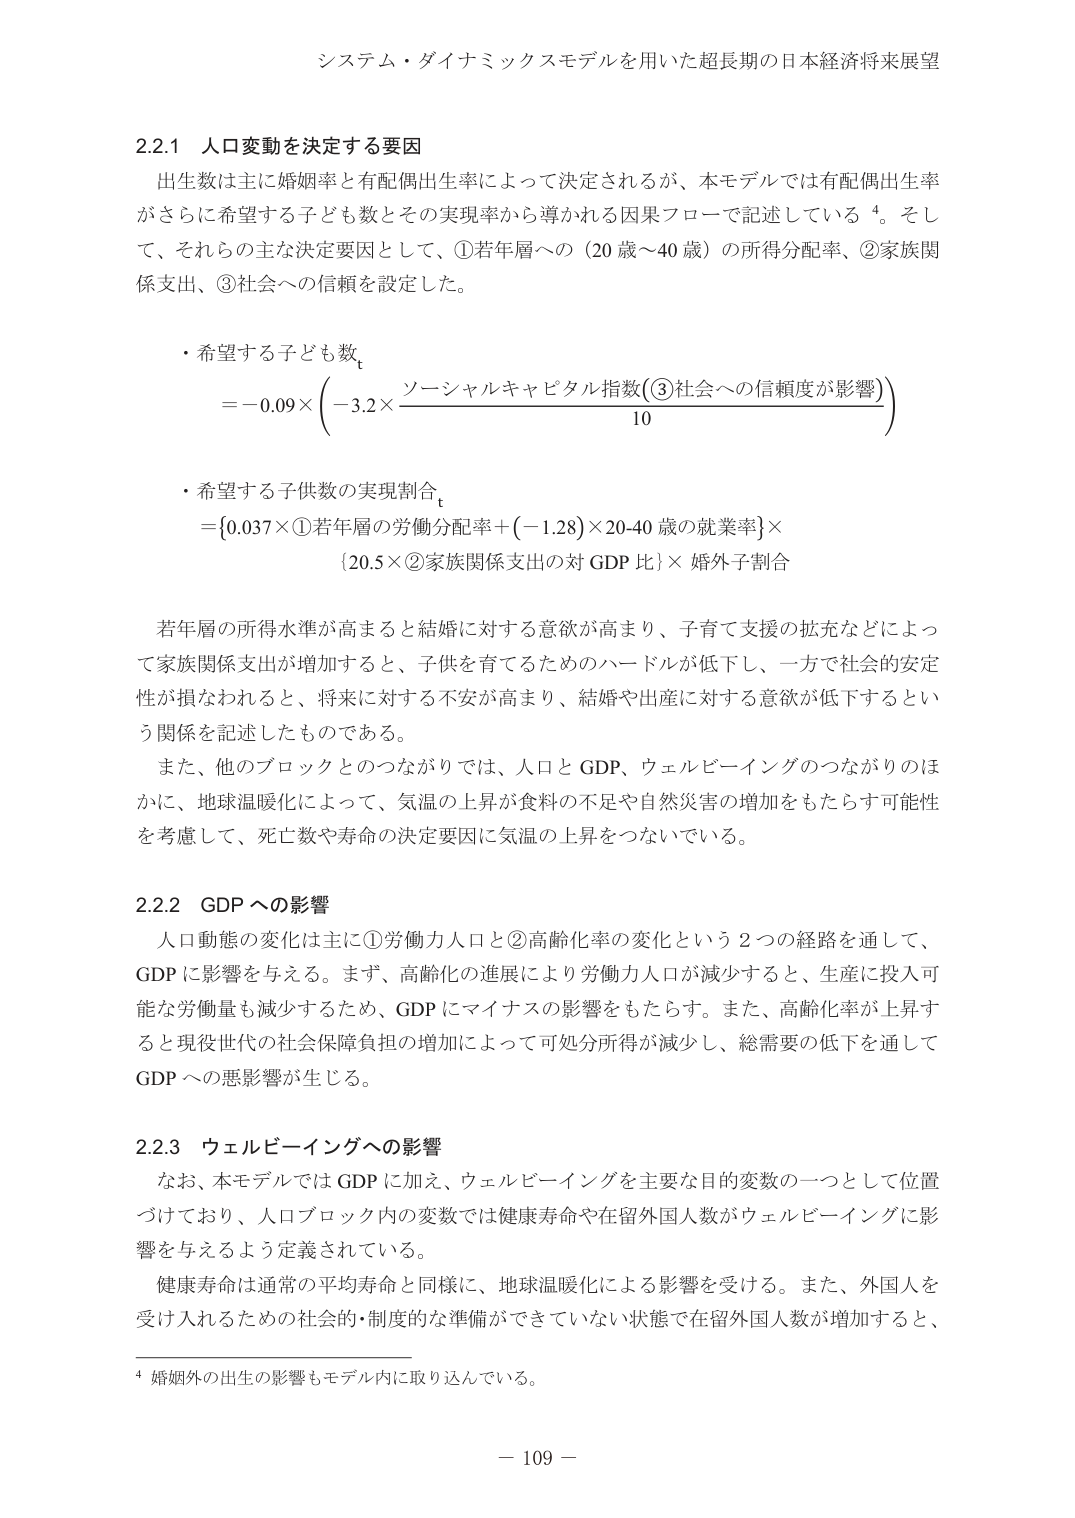
システム・ダイナミックスモデルを用いた超長期の日本経済将来展望

2.2.1 人口変動を決定する要因
出生数は主に婚姻率と有配偶出生率によって決定されるが、本モデルでは有配偶出生率がさらに希望する子ども数とその実現率から導かれる因果フローで記述している⁴。そして、それらの主な決定要因として、①若年層への（20歳～40歳）の所得分配率、②家族関係支出、③社会への信頼を設定した。

・希望する子ども数ₜ
　＝－0.09×（－3.2×ソーシャルキャピタル指数（③社会への信頼度が影響）／10）

・希望する子供数の実現割合ₜ
　＝{0.037×①若年層の労働分配率＋（－1.28）×20-40歳の就業率}×
　　{20.5×②家族関係支出の対GDP比}×婚外子割合

若年層の所得水準が高まると結婚に対する意欲が高まり、子育て支援の拡充などによって家族関係支出が増加すると、子供を育てるためのハードルが低下し、一方で社会的安定性が損なわれると、将来に対する不安が高まり、結婚や出産に対する意欲が低下するという関係を記述したものである。
また、他のブロックとのつながりでは、人口とGDP、ウェルビーイングのつながりのほかに、地球温暖化によって、気温の上昇が食料の不足や自然災害の増加をもたらす可能性を考慮して、死亡数や寿命の決定要因に気温の上昇をつないでいる。

2.2.2 GDPへの影響
人口動態の変化は主に①労働力人口と②高齢化率の変化という2つの経路を通して、GDPに影響を与える。まず、高齢化の進展により労働力人口が減少すると、生産に投入可能な労働量も減少するため、GDPにマイナスの影響をもたらす。また、高齢化率が上昇すると現役世代の社会保障負担の増加によって可処分所得が減少し、総需要の低下を通じてGDPへの悪影響が生じる。

2.2.3 ウェルビーイングへの影響
なお、本モデルではGDPに加え、ウェルビーイングを主要な目的変数の一つとして位置づけており、人口ブロック内の変数では健康寿命や在留外国人数がウェルビーイングに影響を与えるよう定義されている。
健康寿命は通常の平均寿命と同様に、地球温暖化による影響を受ける。また、外国人を受け入れるための社会的・制度的な準備ができていない状態で在留外国人数が増加すると、

⁴ 婚姻外の出生の影響もモデル内に取り込んでいる。

－ 109 －